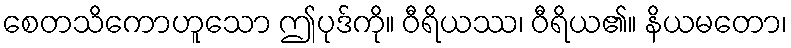
စေတသိကောဟူသော ဤပုဒ်ကို။ ဝီရိယဿ၊ ဝီရိယ၏။ နိယမတော၊